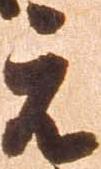
元